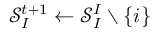
\mathcal { S } _ { I } ^ { t + 1 } \leftarrow \mathcal { S } _ { I } ^ { I } \setminus \{ i \}